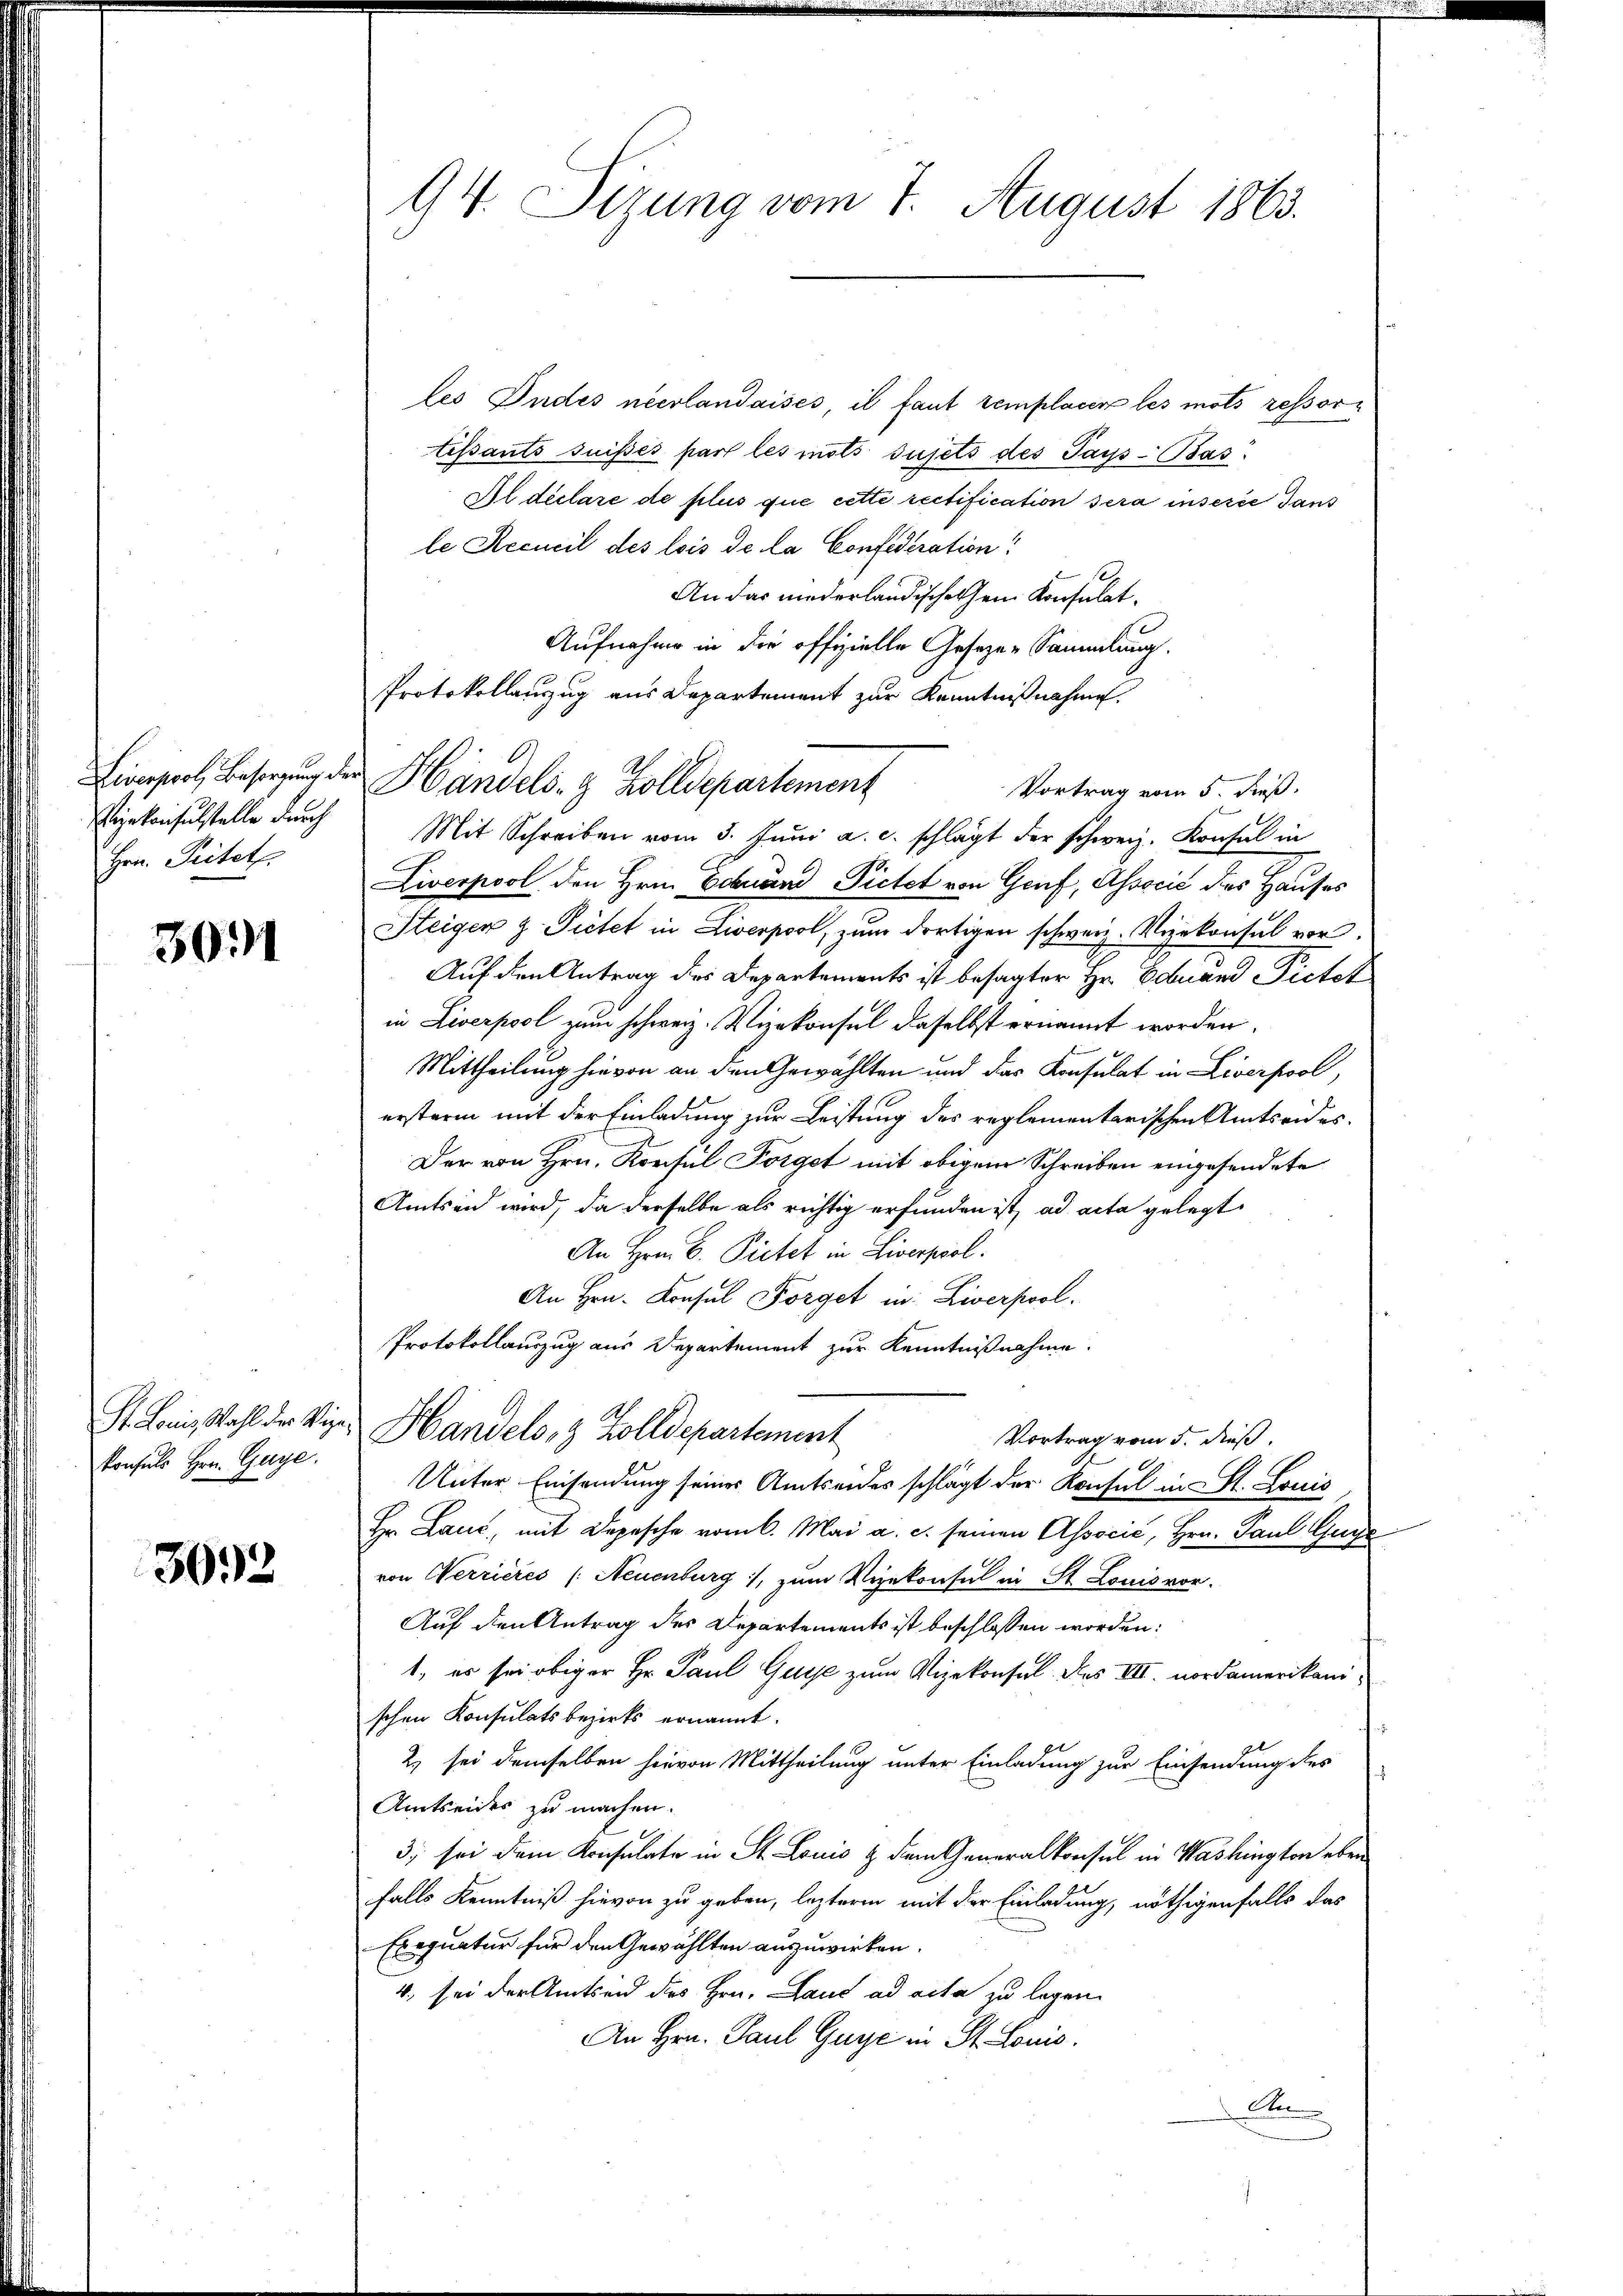
izekonsulstelle durch
Hrn. Pritet.

3011

St. Louis, Wahl der Wie
konsuls Hrn. Guge.

3092

94. Sizung vom 7. August 1863.

les Indes neerlandaises, il faut remplacer les mots ressortissants suisés part les mots sujets des Pays Bas
Al déclare de plus que cette rectification sera insérée dans
le Recueil des lois de la Confederation:
d
An das niederländische sein Konsulat¬
Aufnahme in die offizielle Geseze-Sammlung.
Protokollanzug aus Departement zur Kenntnißnahmen.
Vortrag vom 5. dieß.
Mit Schreiben vom 3. Juni a. c. schlägt der schweiz. Konsul in
Liverpool den Hrn. Eduard Pietet von Genf, Associć des Hauses
Steigen z. Seitet in Liverpol, zum dortigen schweiz. Verkonsul vor
Auf den Antrag des Departements ist besagter Hr. Eduard Pietet
in Liverpool zum schweiz. Vizekonsul daselbst ernannt worden.
Mittheilung hievon an den Gewählten und das Konsulat in Liverpool,
erstern mit der Einladung zur Leistung des reglementarischen Amtseider¬
Der von Hrn. Konsul Förget mit obigem Schreiben eingesendete
Amtsen wird, da derselbe als richtig erfunden ist, ad acta gelegt
An Hrn. B. Pietet in Liverprol.
An Hrn. Konsul Förget in Liverpool.
Protokollauszug aus Departement zur Kenntnißnahme.
Handels- & Zolldepartement
Vortrag vom 5. dieß.
Unter Einsendung seines Amtseider schlägt der Konsul in St. Louis
Hr. Land, mit Depesche vom 6. Mai a. c. seinen Associć, Hrn. Paul Gri
von Werrieres (Neuenburg, zum Vizekonsul in St. Louis vor.
Auf den Antrag des Departements ist beschlossen worden:
1., es sei obiger Hr. Paul Guye zum Vizekonsul des III. nordamerikanischen Konsulats bezirks ernannt.
2) sei demselben hievon Mittheilung unter Einladung zur Einsendung des
Amtseides zu machen.
3; sei dem Konsulate in St. Louis & dem Generalkonsul in Washington eben
falls Kenntniß hievon zu geben, leztere mit der Einladung, nöthigenfalls das
Exequatur für den Gewählten auszuwirken.
4. sei der Amtsend des Hrn. Land ad acta zu legen.
An Hrn. Paul Guye in St. Louis
A

Einsperl, Besorgung der Händels- & Zolldepartement